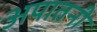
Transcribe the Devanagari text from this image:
अपातनी